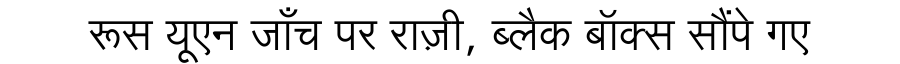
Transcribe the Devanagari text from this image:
रूस यूएन जाँच पर राज़ी, ब्लैक बॉक्स सौंपे गए